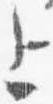
上